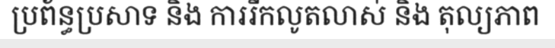
ប្រព័ន្ធប្រសាទ និង ការរីកលូតលាស់ និង តុល្យភាព